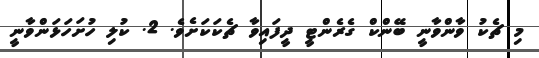
މި ޗެކު ވާންވާނީ ބޭންކް ގެރެންޓީ ދީފައިވާ ޗެކަކަށެވެ. 2. ކުލި ހުށަހަޅަންވާނީ